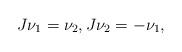
LaTeX: \begin{align*}J\nu_1=\nu_2,J\nu_2=-\nu_1,\end{align*}